King Institute of Preventive Medicine Micro-Biological Section reports 1912-19
Year: 1912
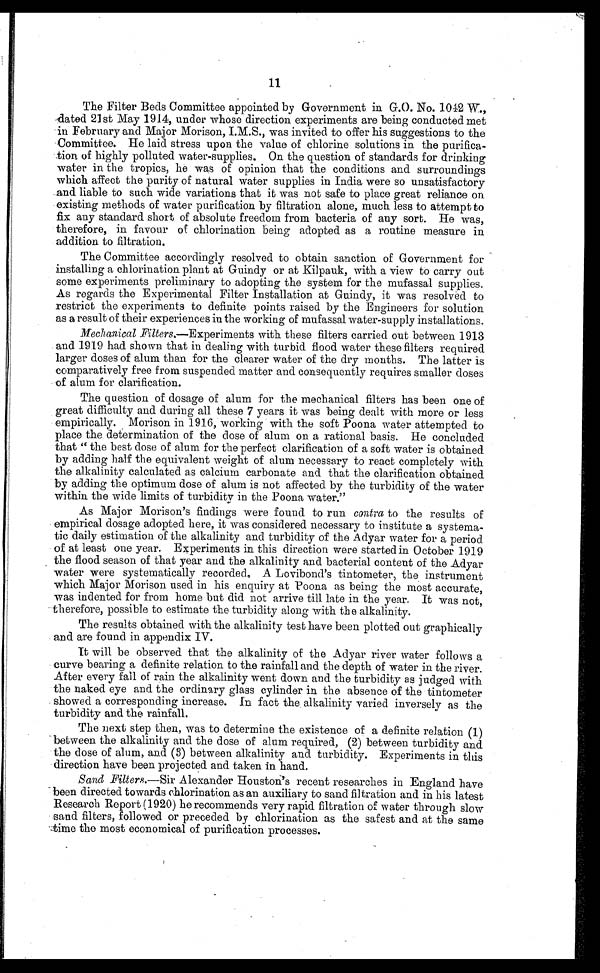
11
The Filter Beds Committee appointed by Government in G.O. No. 1012 W.,
dated 21st May 1914, under whose direction experiments are being conducted met
in February and Major Morison, I.M.S., was invited to offer his suggestions to the
Committee. He laid stress upon the value of chlorine solutions in the purifica-
tion of highly polluted water-supplies. On the question of standards for drinking
water in the tropics, he was of opinion that the conditions and surroundings
which affect the purity of natural water supplies in India were so unsatisfactory
and liable to such wide variations that it was not safe to place great reliance on
existing methods of water purification by filtration alone, much less to attempt to
fix any standard short of absolute freedom from bacteria of any sort. He was,
therefore, in favour of chlorination being adopted as a routine measure in
addition to filtration.
The Committee accordingly resolved to obtain sanction of Government for
installing a chlorination plant at Guindy or at Kilpauk, with a view to carry out
some experiments preliminary to adopting the system for the mufassal supplies.
As regards the Experimental Filter Installation at Guindy, it was resolved to
restrict the experiments to definite points raised by the Engineers for solution
as a result of their experiences in the working of mufassal water-supply installations.
Mechanical Filters.—Experiments with these filters carried out between 1913
and 1919 had shown that in dealing with turbid flood water these filters required
larger doses of alum than for the clearer water of the dry months. The latter is
comparatively free from suspended matter and consequently requires smaller doses
of alum for clarification.
The question of dosage of alum for the mechanical filters has been one of
great difficulty and during all these 7 years it was being dealt with more or less
empirically. Morison in 1916, working with the soft Poona water attempted to
place the determination of the dose of alum on a rational basis. He concluded
that " the best dose of alum for the perfect clarification of a soft water is obtained
by adding half the equivalent weight of alum necessary to react completely with
the alkalinity calculated as calcium carbonate and that the clarification obtained
by adding the optimum dose of alum is not affected by the turbidity of the water
within the wide limits of turbidity in the Poona water."
As Major Morison's findings were found to run contra to the results of
empirical dosage adopted here, it was considered necessary to institute a systema-
tic daily estimation of the alkalinity and turbidity of the Adyar water for a period
of at least one year. Experiments in this direction were started in October 1919
the flood season of that year and the alkalinity and bacterial content of the Adyar
water were systematically recorded, A Lovibond's tintometer, the instrument
which Major Morison used in his enquiry at Poona as being the most accurate,
was indented for from home but did not arrive till late in the year. It was not,
therefore, possible to estimate the turbidity along with the alkalinity.
The results obtained with the alkalinity test have been plotted out graphically
and are found in appendix IV.
It will be observed that the alkalinity of the Adyar river water follows a
curve bearing a definite relation to the rainfall and the depth of water in the river.
After every fall of rain the alkalinity went down and the turbidity as judged with
the naked eye and the ordinary glass cylinder in the absence of the tintometer
showed a corresponding increase. In fact the alkalinity varied inversely as the
turbidity and the rainfall.
The next step then, was to determine the existence of a definite relation (1)
between the alkalinity and the dose of alum required, (2) between turbidity and
the dose of alum, and (3) between alkalinity and turbidity. Experiments in this
direction have been projected and taken in hand.
Sand Filters .—Sir Alexander Houston's recent researches in England have
been directed towards chlorination as an auxiliary to sand filtration and in his latest
Research Report (1920) he recommends very rapid filtration of water through slow
sand filters, followed or preceded by chlorination as the safest and at the same
time the most economical of purification processes.